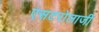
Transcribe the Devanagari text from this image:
एसटरोलाजी